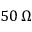
5 0 \, \Omega